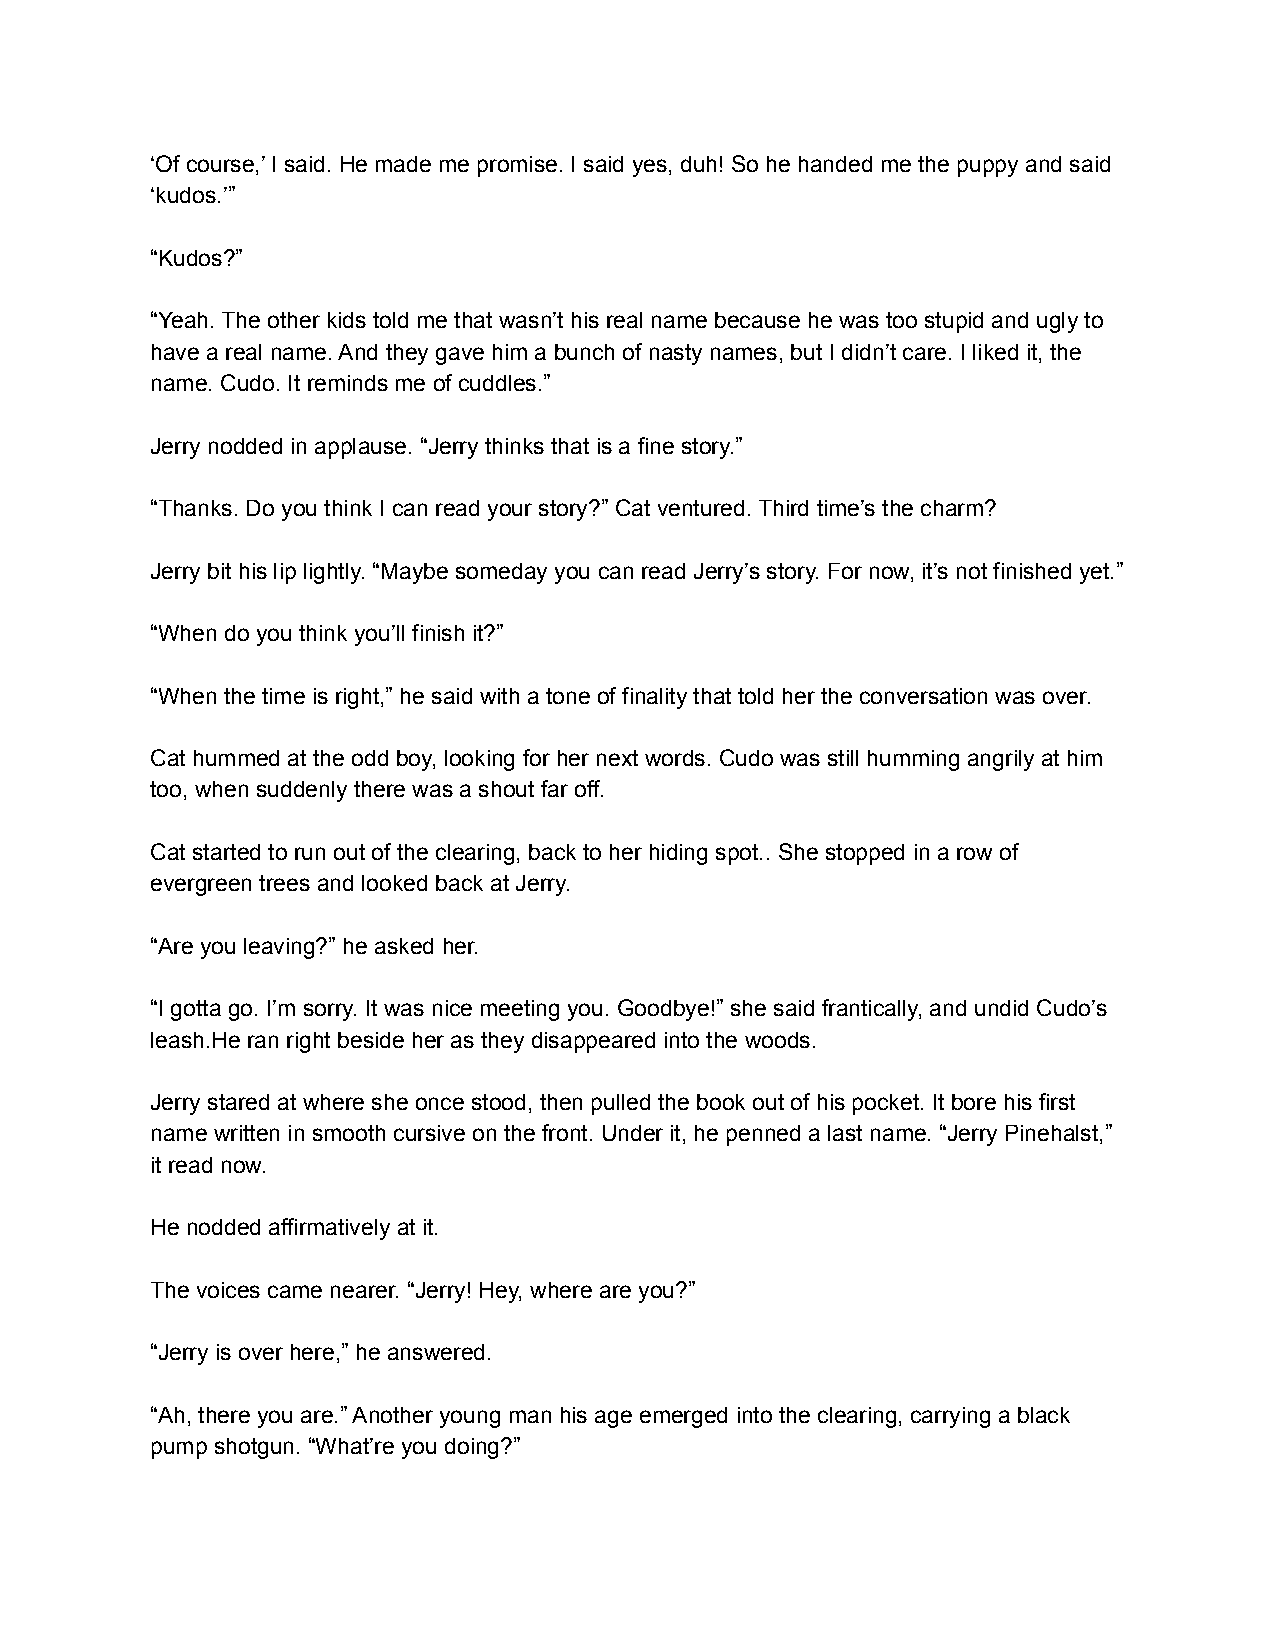
‘Of course,’ I said. He made me promise. I said yes, duh! So he handed me the puppy and said
 ‘kudos.’”
 “Kudos?”
 “Yeah. The other kids told me that wasn’t his real name because he was too stupid and ugly to
 have a real name. And they gave him a bunch of nasty names, but I didn’t care. I liked it, the
 name. Cudo. It reminds me of cuddles.”
 Jerry nodded in applause. “Jerry thinks that is a fine story.”
 “Thanks. Do you think I can read your story?” Cat ventured. Third time’s the charm?
 Jerry bit his lip lightly. “Maybe someday you can read Jerry’s story. For now, it’s not finished yet.”
 “When do you think you’ll finish it?”
 “When the time is right,” he said with a tone of finality that told her the conversation was over.
 Cat hummed at the odd boy, looking for her next words. Cudo was still humming angrily at him
 too, when suddenly there was a shout far off.
 Cat started to run out of the clearing, back to her hiding spot.. She stopped in a row of
 evergreen trees and looked back at Jerry.
 “Are you leaving?” he asked her.
 “I gotta go. I’m sorry. It was nice meeting you. Goodbye!” she said frantically, and undid Cudo’s
 leash.He ran right beside her as they disappeared into the woods.
 Jerry stared at where she once stood, then pulled the book out of his pocket. It bore his first
 name written in smooth cursive on the front. Under it, he penned a last name. “Jerry Pinehalst,”
 it read now.
 He nodded affirmatively at it.
 The voices came nearer. “Jerry! Hey, where are you?”
 “Jerry is over here,” he answered.
 “Ah, there you are.” Another young man his age emerged into the clearing, carrying a black
 pump shotgun. “What’re you doing?”